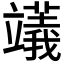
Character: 𥪺